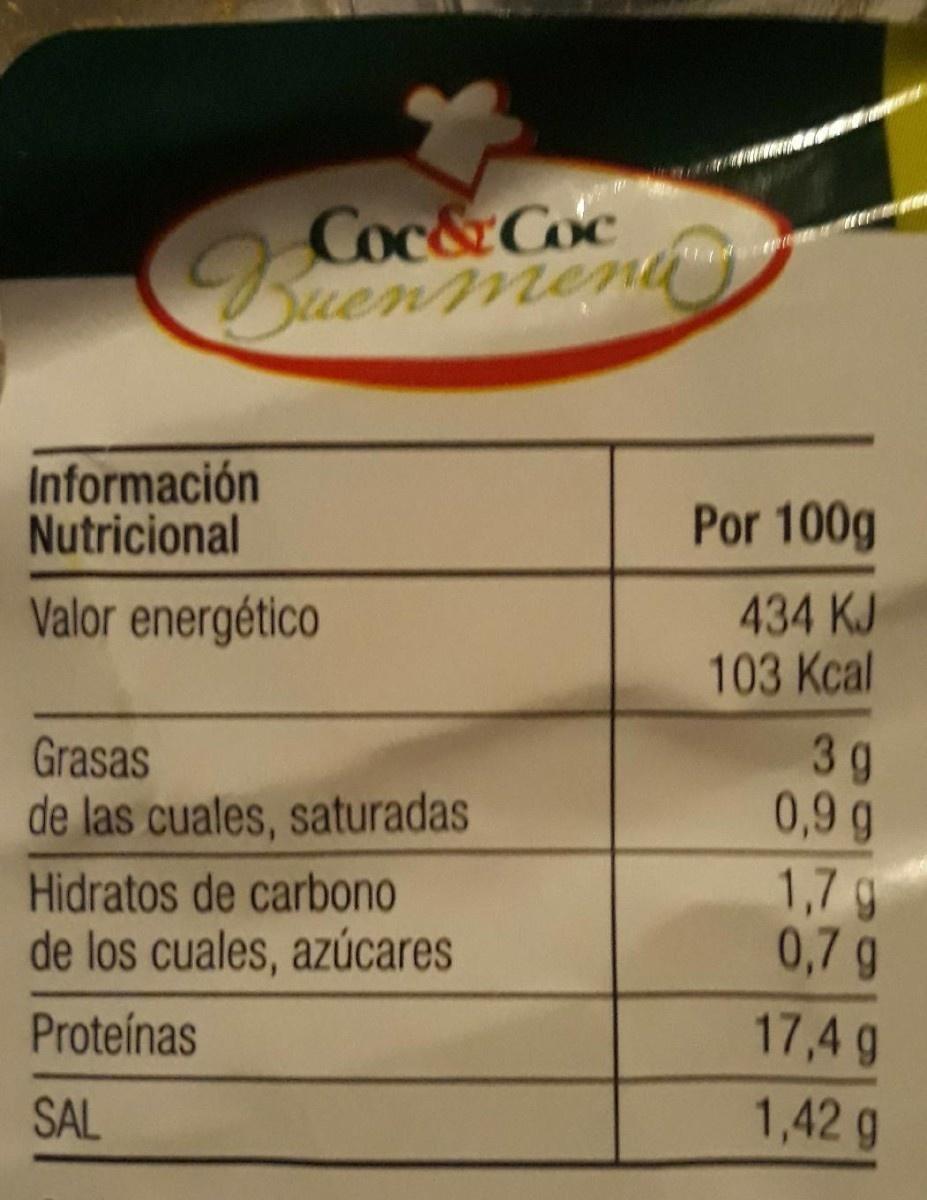
Coc&Coc Buenmenti
Información Nutricional
Por 100g
Valor energético
434 KJ 103 Kcal
3 g 0,9 g 1,7 g 0,7 g
Grasas
de las cuales, saturadas
Hidratos de carbono de los cuales, azúcares
Proteínas
17,4 g
SAL
1,42 g